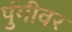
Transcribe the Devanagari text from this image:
पुंगीवर